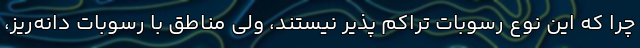
چرا که این نوع رسوبات تراکم پذیر نیستند، ولی مناطق با رسوبات دانه‌ریز،